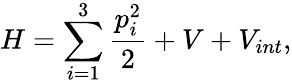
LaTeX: H=\sum_{i=1}^{3}\frac{p_{i}^{2}}{2}+V+V_{int},